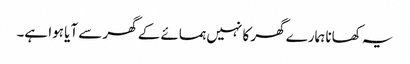
یہ کھانا ہمارے گھر کا نہیں ہمسائے کے گھر سے آیا ہوا ہے۔